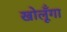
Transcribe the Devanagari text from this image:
खोलूँगा